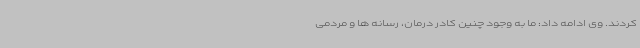
کردند. وی ادامه داد: ما به وجود چنین کادر درمان، رسانه ها و مردمی